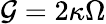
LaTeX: \mathcal{G}=2\kappa\Omega